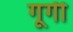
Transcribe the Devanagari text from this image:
गूगी